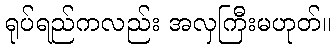
ရုပ်ရည်ကလည်း အလှကြီးမဟုတ်။